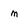
Character: m